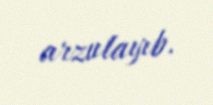
arzulayıb.